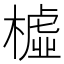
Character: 𣚛